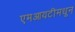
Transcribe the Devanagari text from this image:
एमआयटीमधून